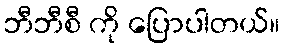
ဘီဘီစီ ကို ပြောပါတယ်။